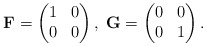
\begin{align*}\mathbf{F} = \begin{pmatrix}1 & 0\\0 & 0\end{pmatrix} ,\; \mathbf{G} = \begin{pmatrix}0 & 0\\0 & 1\end{pmatrix}. \end{align*}